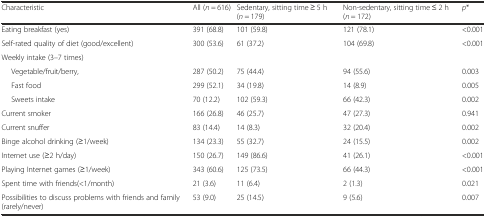
<table><thead><tr><td><b>Characteristic</b></td><td><b>All (<i>n</i> = 616)</b></td><td><b>Sedentary, sitting time ≥ 5 h (<i>n</i> = 179)</b></td><td><b>Non-sedentary, sitting time ≤ 2 h (<i>n</i> = 172)</b></td><td><b><i>p</i>*</b></td></tr></thead><tbody><tr><td>Eating breakfast (yes)</td><td>391 (68.8)</td><td>101 (59.8)</td><td>121 (78.1)</td><td>&lt;0.001</td></tr><tr><td>Self-rated quality of diet (good/excellent)</td><td>300 (53.6)</td><td>61 (37.2)</td><td>104 (69.8)</td><td>&lt;0.001</td></tr><tr><td>Weekly intake (3–7 times)</td><td></td><td></td><td></td><td></td></tr><tr><td>Vegetable/fruit/berry,</td><td>287 (50.2)</td><td>75 (44.4)</td><td>94 (55.6)</td><td>0.003</td></tr><tr><td>Fast food</td><td>299 (52.1)</td><td>34 (19.8)</td><td>14 (8.9)</td><td>0.005</td></tr><tr><td>Sweets intake</td><td>70 (12.2)</td><td>102 (59.3)</td><td>66 (42.3)</td><td>0.002</td></tr><tr><td>Current smoker</td><td>166 (26.8)</td><td>46 (25.7)</td><td>47 (27.3)</td><td>0.941</td></tr><tr><td>Current snuffer</td><td>83 (14.4)</td><td>14 (8.3)</td><td>32 (20.4)</td><td>0.002</td></tr><tr><td>Binge alcohol drinking (≥1/week)</td><td>134 (23.3)</td><td>55 (32.7)</td><td>24 (15.5)</td><td>0.002</td></tr><tr><td>Internet use (≥2 h/day)</td><td>150 (26.7)</td><td>149 (86.6)</td><td>41 (26.1)</td><td>&lt;0.001</td></tr><tr><td>Playing Internet games (≥1/week)</td><td>343 (60.6)</td><td>125 (73.5)</td><td>66 (44.3)</td><td>&lt;0.001</td></tr><tr><td>Spent time with friends(&lt;1/month)</td><td>21 (3.6)</td><td>11 (6.4)</td><td>2 (1.3)</td><td>0.021</td></tr><tr><td>Possibilities to discuss problems with friends and family (rarely/never)</td><td>53 (9.0)</td><td>25 (14.5)</td><td>9 (5.6)</td><td>0.007</td></tr></tbody></table>